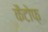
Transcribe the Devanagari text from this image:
कैटोफ़